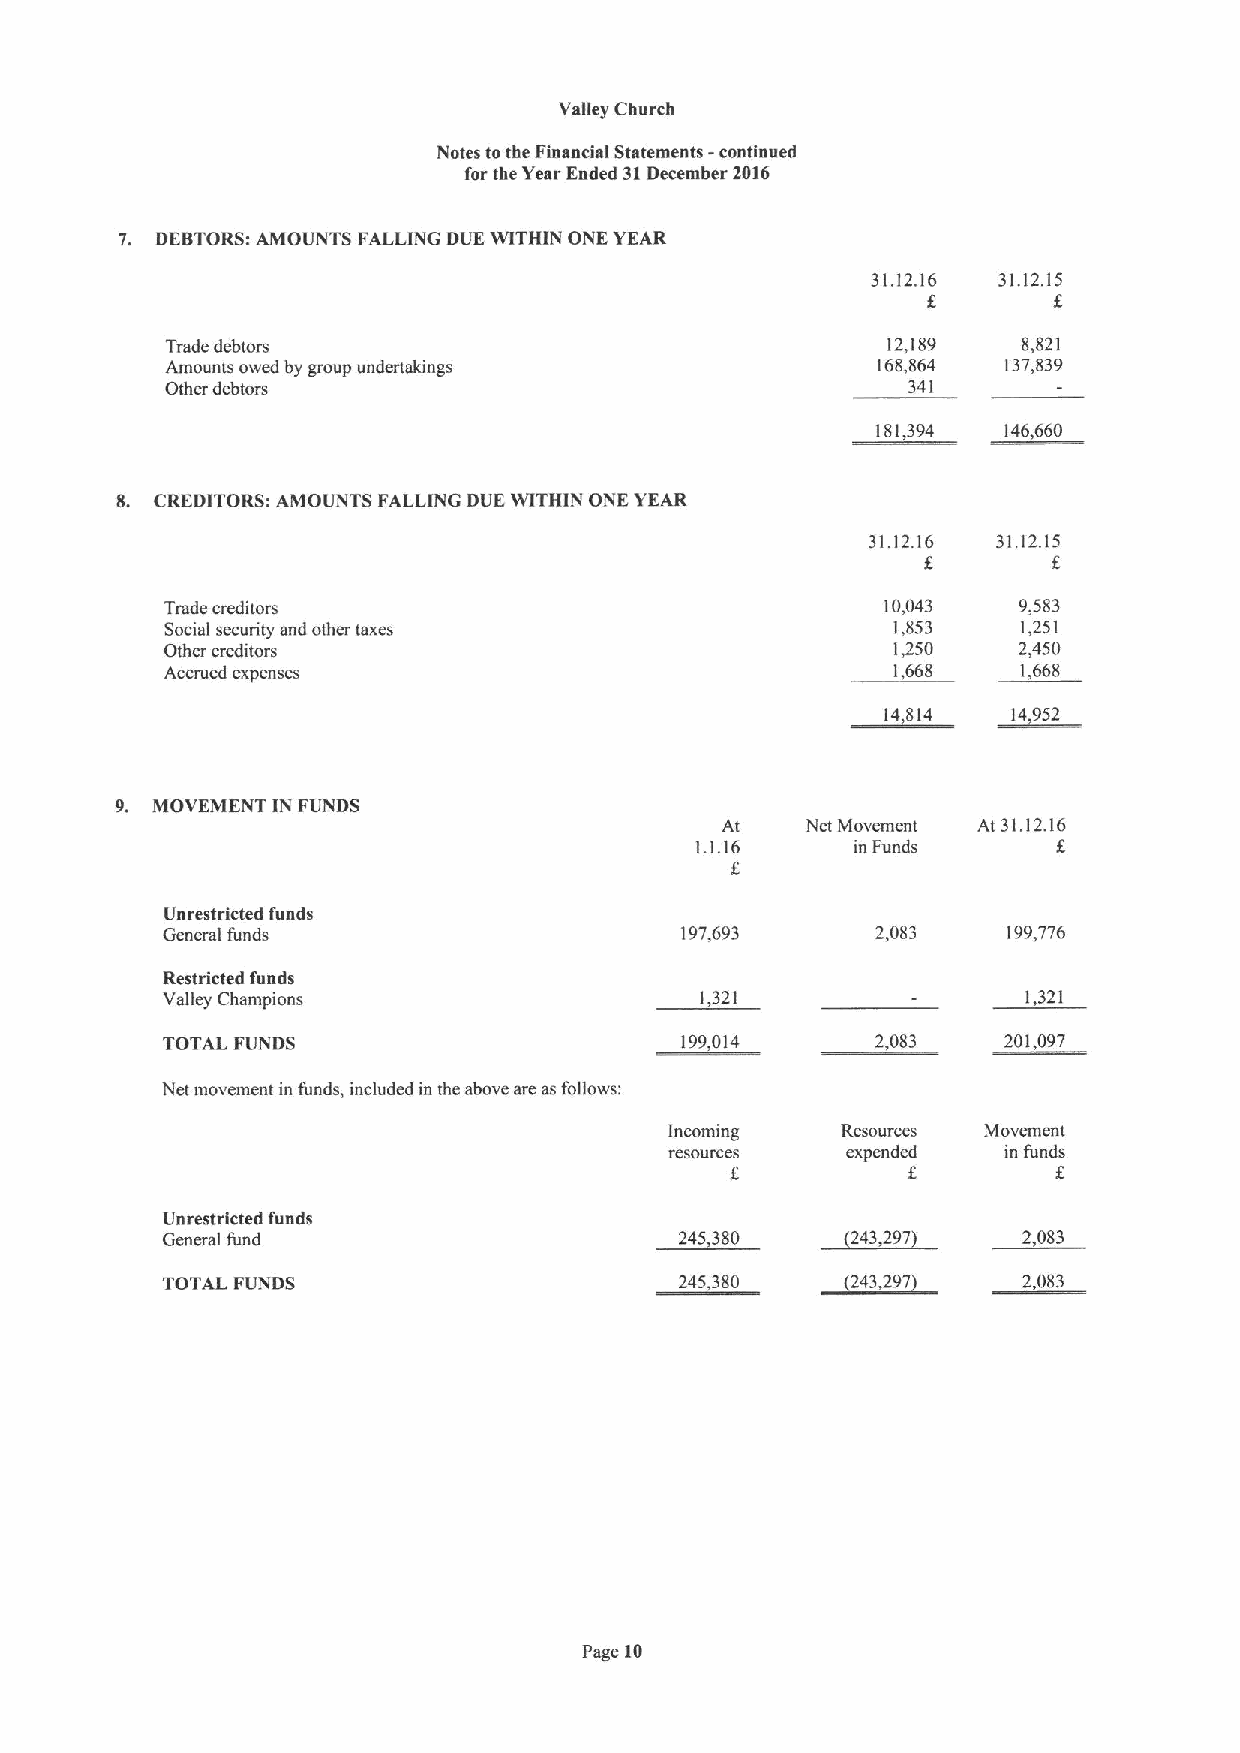
Valley Church
 Notes tothe Financial Statements -continued
 for the Year Ended 31December 2016
 7. DEBTORS:AMOUNTS FALLING DUE WITHIN ONE YEAR
 31.12.16 31.12.15
 f.
 Trade debtors                                   12,189   8,821
 Amounts owed by group undertakings             168,864 137,839
 Other debtors                                    341
 181,394 146,660
 8. CREDITORS: AMOUNTS FALLING DUE WITHIN ONE YEAR
 31.12.16 31.12.15
 Trade creditors                                 10,043  9,583
 Social security and other taxes                 1,853    1,251
 Other creditors                                 1,250   2,450
 Accrued expenses                                1,668    1,668
 14,814   14,952
 9. MOVEMENT IN FUNDS
 At   Net Movement At 31.12.16
 f
 1.1.16     in Funds
 f
 Unrestricted funds
 General funds                     197,693      2,083    199,776
 Restricted funds
 Valley Champions                   1,321                 1,321
 TOTAL FUNDS                       199,014      2,083   201,097
 Net movement in funds, included in the above sre asfollows:
 Incoming    Resources Movement
 resources   expellded in funds
 f           f         f
 Unrestricted funds
 General fund                      245,380    243,297     2,083
 TOTAL FUNDS                       245,380    (243,297    2,083
 Page 10